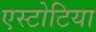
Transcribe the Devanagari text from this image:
एस्टोटिया